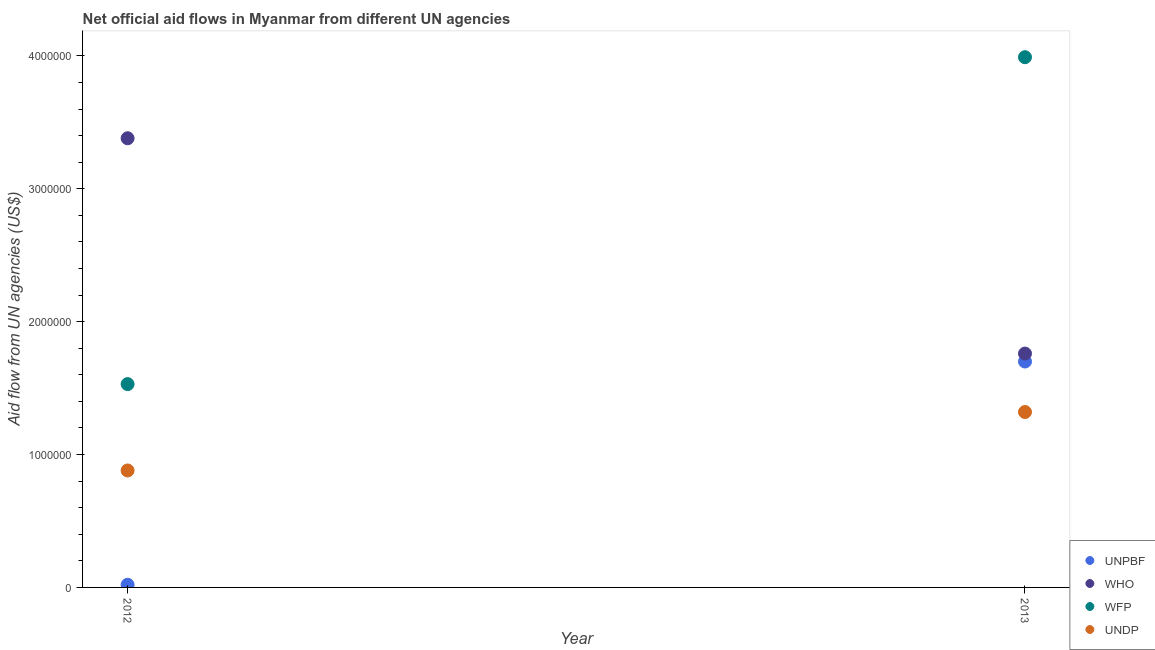
| Year | UNPBF | WHO | WFP | UNDP |
 | --- | --- | --- | --- | --- |
 | 2012 | 2e+04 | 3.38e+06 | 1.53e+06 | 8.8e+05 |
 | 2013 | 1.7e+06 | 1.76e+06 | 3.99e+06 | 1.32e+06 |